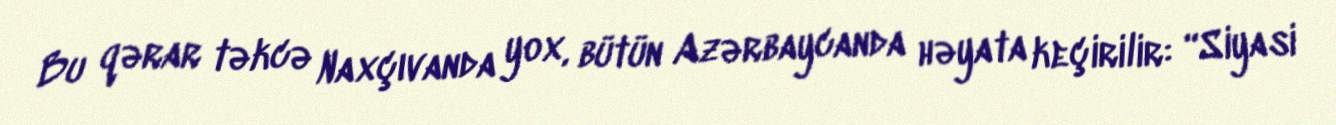
Bu qərar təkcə Naxçıvanda yox, bütün Azərbaycanda həyata keçirilir: “Siyasi